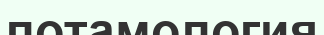
потамология